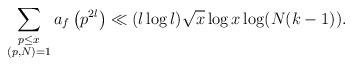
\begin{align*} \sum_{\substack{p \leq x \\ (p,N) = 1}} a_f\left(p^{2l}\right) \ll (l \log l) \sqrt{x}\log x \log (N(k-1)).\end{align*}